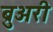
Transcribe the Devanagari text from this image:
ब्रुअरी